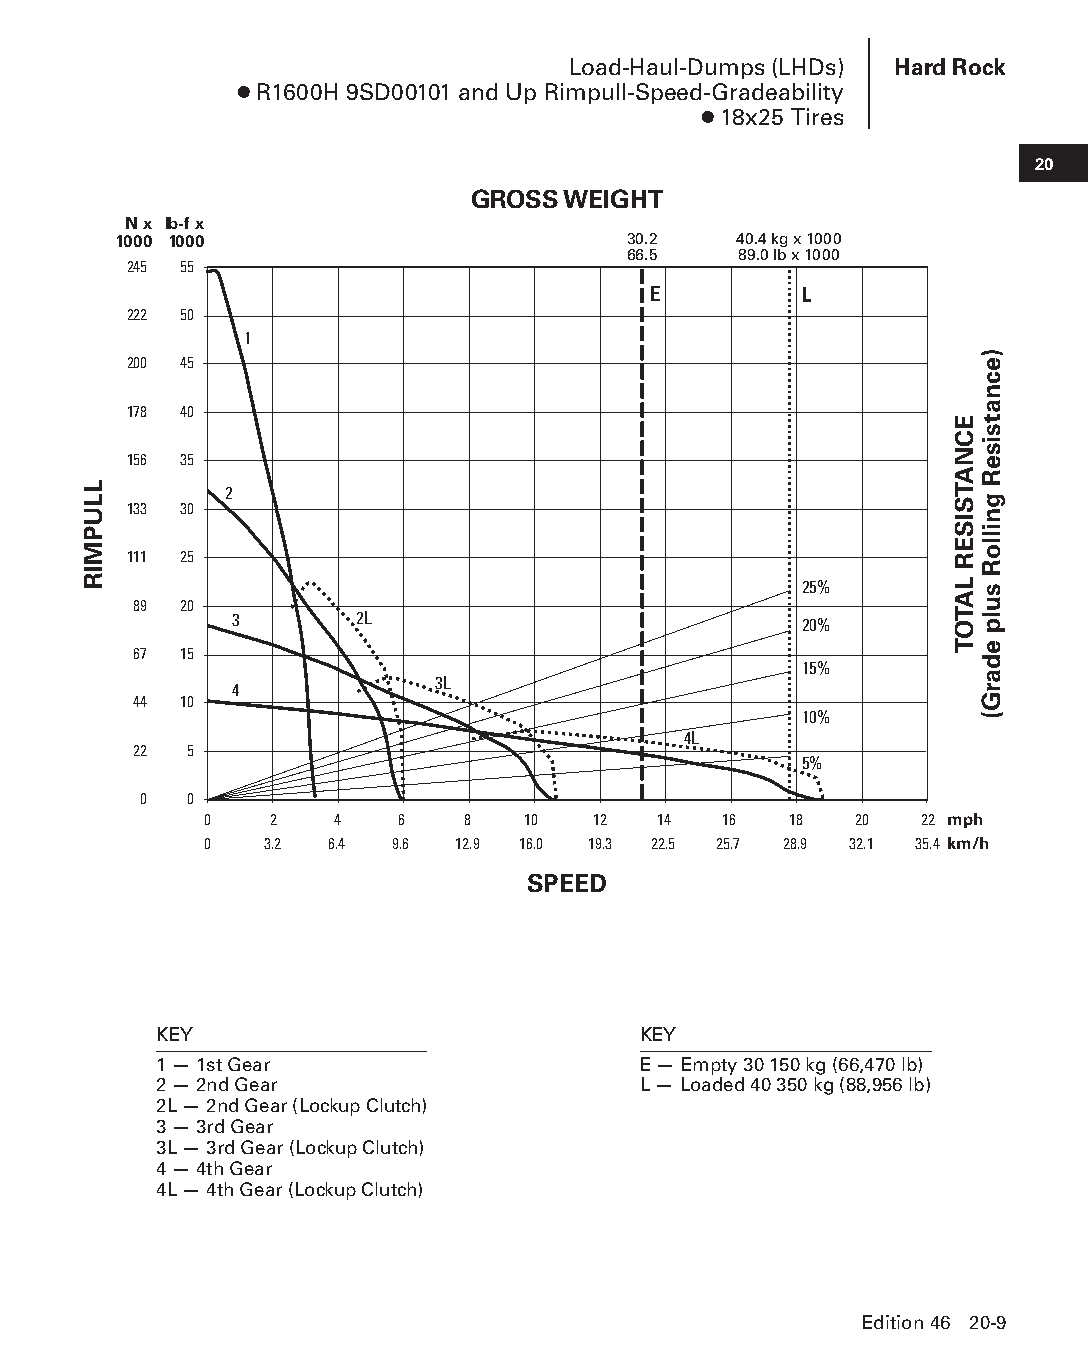
Load-Haul-Dumps (LHDs) Hard Rock
 ● R1600H 9SD00101 and Up Rimpull-Speed-Gradeability
 ● 18x25 Tires
 20
 GROSS WEIGHT
 N x lb-f x
 1000 1000                         30.2   40.4 kg x 1000
 66.5   89.0 lb x 1000
 245 55
 E         L
 222 50
 1
 200 45
 178 40
 156 35
 2
 133 30
 111 25
 25%
 89 20
 3       2L                           20%
 67 15
 15%
 3L
 4
 44 10
 10%
 4L
 22  5
 5%
 0  0
 0   2   4    6   8   10   12  14  16   18  20  22 mph
 0   3.2 6.4 9.6  12.9 16.0 19.3 22.5 25.7 28.9 32.1 35.4 km/h
 SPEED
 KEY                             KEY
 1 — 1st Gear                    E — Empty 30 150 kg (66,470 lb)
 2 — 2nd Gear                    L — Loaded 40 350 kg (88,956 lb)
 2L — 2nd Gear (Lockup Clutch)
 3 — 3rd Gear
 3L — 3rd Gear (Lockup Clutch)
 4 — 4th Gear
 4L — 4th Gear (Lockup Clutch)
 Edition 46 20-9
 PPHHBB--SSeecc2200--HHaarrddRRoocckk((ppgg000011--002244))..iinndddd 99 1122//44//1155 1111::0022 AAMM
 LLUPMIR
 ECNATSISER
 LATOT
 )ecnatsiseR
 gnilloR
 sulp
 edarG(